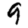
Digit: 9